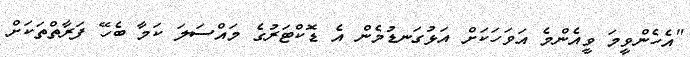
"އެހެންވީމަ ވީއެންމެ އަވަހަކަށް އަޅުގަނޑުމެން އެ ޑޮކްޓަރުގެ މައްސަލަ ކަމާ ބެހޭ ފަރާތްތަކަށް